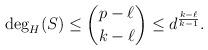
LaTeX: \begin{align*} \deg_H(S)\leq \binom{p-\ell}{k-\ell}\leq d^{\frac{k-\ell}{k-1}}.\end{align*}